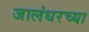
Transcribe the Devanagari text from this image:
जालंधरच्या